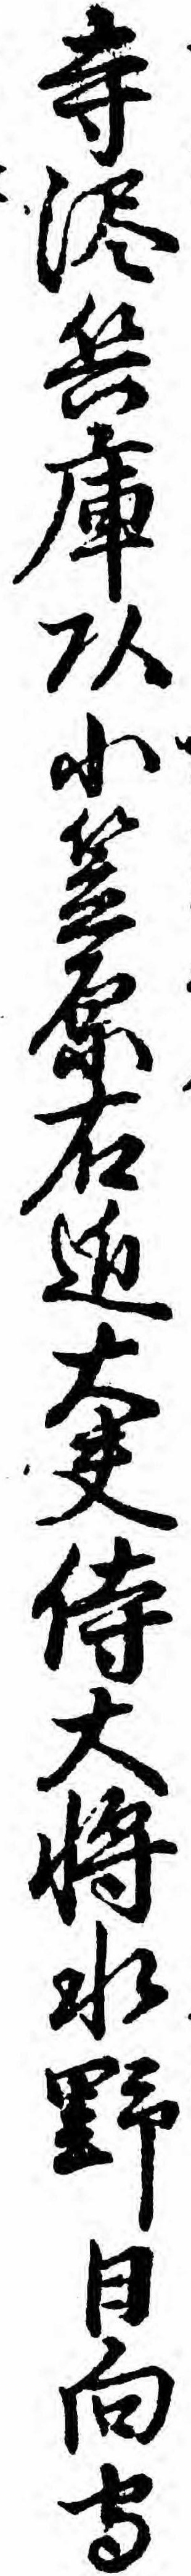
寺沢兵庫頭小笠原右近大夫侍大将水野日向守